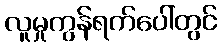
လူမှုကွန်ရက်ပေါ်တွင်